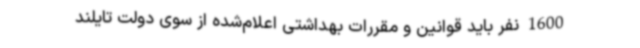
1600 نفر باید قوانین و مقررات بهداشتی اعلام‌شده از سوی دولت تایلند